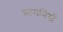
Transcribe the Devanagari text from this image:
सामगियाँ